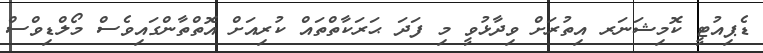
ޑެޕިއުޓީ ކޮމިޝަނަރ އިތުރަށް ވިދާޅުވީ މި ފަދަ ޙަރަކާތްތައް ކުރިއަށް އޮތްތާންގައިވެސް މޯލްޑިވްސް